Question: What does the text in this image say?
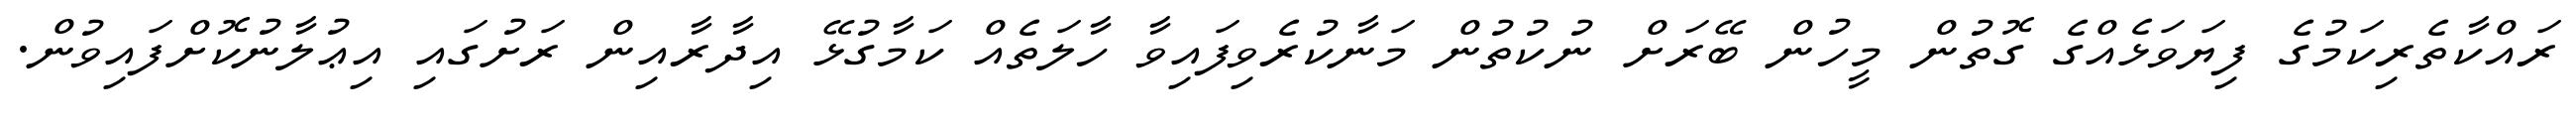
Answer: ރައްކާތެރިކަމުގެ ފިޔަވަޅެއްގެ ގޮތުން މީހުން ބޭރަށް ނުކުތުން މަނާކުރެވިފައިވާ ހާލަތެއް ކަމާގުޅޭ އިދާރާއިން ރަށުގައި އިޢުލާނުކޮށްފައިވުން.